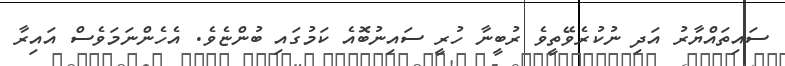
ސައިތައްޔާރު އަދި ނުކުރެވޭތީވެ ރުބީނާ ހުރީ ސައިނުބޮއެ ކަމުގައި ބުންޏެވެ. އެހެންނަމަވެސް އައިރާ